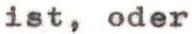
ist, oder